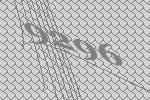
9296